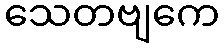
သေတဗျကေ